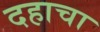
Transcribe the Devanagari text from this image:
दहाचा